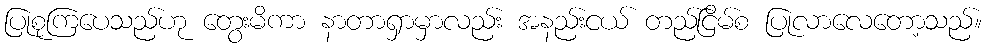
ပြုစုကြပေသည်ဟု တွေးမိကာ နာတာရှာမှာလည်း အနည်းငယ် တည်ငြိမ်စ ပြုလာလေတော့သည်။